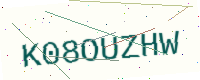
Text: K08OUZHW